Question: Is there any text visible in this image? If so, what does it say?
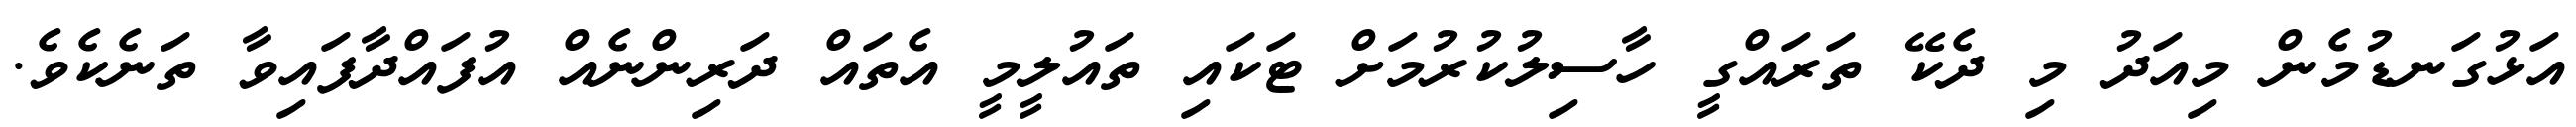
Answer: އަޅުގަނޑުމެން މިއަދު މި ދެކޭ ތަރައްގީ ހާސިލުކުރުމަށް ޓަކައި ތައުލީމީ އެތައް ދަރިންނެއް އުފައްދާފައިވާ ތަނެކެވެ.